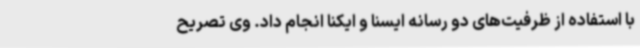
با استفاده از ظرفیت‌های دو رسانه ایسنا و ایکنا انجام داد. وی تصریح